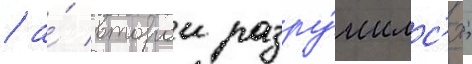
/ а́ второи разру́шилс'я;